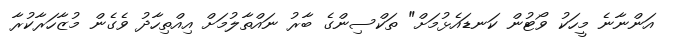
އަންނާނެ މީހަކު ވޯޓުން ކަނޑައެޅުމަށް" ތަކްސިންގެ ބާރު ނައްތާލުމަށް އިއްތިހާދު ވެގެން މުޒާހަރާކުރާ